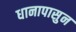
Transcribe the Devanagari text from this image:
धानापासुन